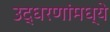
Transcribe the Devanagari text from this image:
उद्धरणांमध्ये